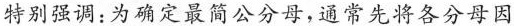
特别强调：为确定最简公分母，通常先将各分母因